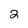
Character: 2